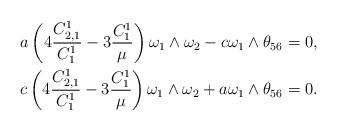
LaTeX: \begin{align*}a\left(4\frac{C^1_{2,1}}{C^1_1}-3\frac{C^1_1}{\mu}\right)\omega_1\wedge\omega_2-c\omega_1\wedge\theta_{56}=0,\\c\left(4\frac{C^1_{2,1}}{C^1_1}-3\frac{C^1_1}{\mu}\right)\omega_1\wedge\omega_2+a\omega_1\wedge\theta_{56}=0.\end{align*}